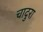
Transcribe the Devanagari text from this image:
चादुरा